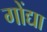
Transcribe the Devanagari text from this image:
गोंद्या